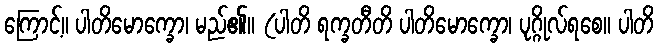
ကြောင့်။ ပါတိမောက္ခော၊ မည်၏။ (ပါတိ ရက္ခတီတိ ပါတိမောက္ခော၊ ပုဂ္ဂိုလ်ရစေ။ ပါတိ